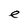
Character: e